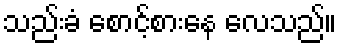
သည်းခံ စောင့်စားနေ လေသည်။